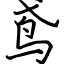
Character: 鸢